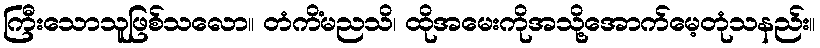
ကြီးသောသူဖြစ်သလော။ တံကိံမညသိ၊ ထိုအမေးကိုအသို့အောက်မေ့တုံသနည်း။